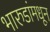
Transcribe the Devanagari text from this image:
भारुडांमधून